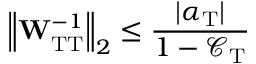
\left\Vert \mathbf { W } _ { \mathrm { T T } } ^ { - 1 } \right\Vert _ { 2 } \leq \frac { | \alpha _ { \mathrm { T } } | } { 1 - \mathcal { C _ { \mathrm { T } } } }